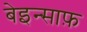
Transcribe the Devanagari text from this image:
बेइन्साफ़